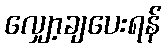
လျှော့ချပေးရန်